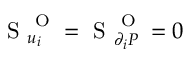
\mathrm { ~ S ~ } _ { u _ { i } } ^ { \mathrm { ~ O ~ } } = \mathrm { ~ S ~ } _ { \partial _ { i } P } ^ { \mathrm { ~ O ~ } } = 0